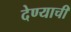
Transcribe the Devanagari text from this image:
देण्‍याची